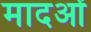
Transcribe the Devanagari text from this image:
मादओं